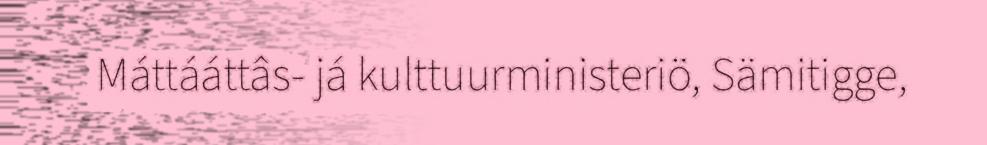
Máttááttâs- já kulttuurministeriö, Sämitigge,